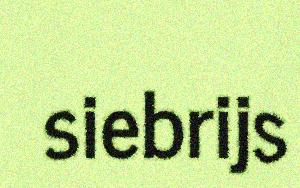
siebrijs